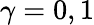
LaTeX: \gamma=0,1